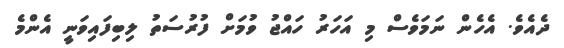
ދެއެވެ. އެހެން ނަމަވެސް މި އަހަރު ހައްޖު ވުމަށް ފުރުސަތު ލިބިފައިވަނީ އެންމެ